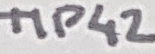
Text: TIP42